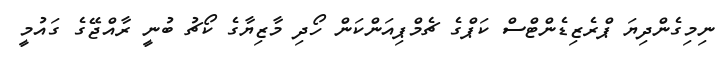
ނިމިގެންދިޔަ ޕްރެޒިޑެންޓްސް ކަޕްގެ ޗެމްޕިއަންކަން ހޯދި މާޒިޔާގެ ކޯޗު ބުނީ ރާއްޖޭގެ ގައުމީ